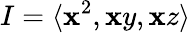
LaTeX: I=\langle\mathbf{x}^{2},\mathbf{x}y,\mathbf{x}z\rangle